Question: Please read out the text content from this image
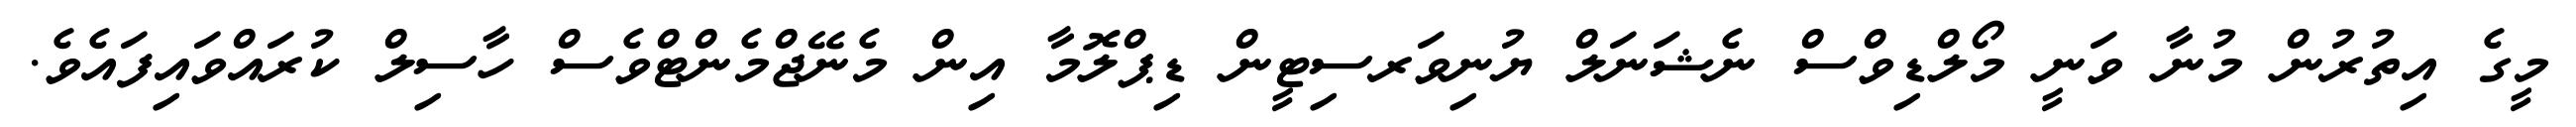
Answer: މީގެ އިތުރުން މުނާ ވަނީ މޯލްޑިވްސް ނެޝަނަލް ޔުނިވަރސިޓީން ޑިޕްލޮމާ އިން މެނޭޖްމެންޓްވެސް ހާސިލް ކުރައްވައިފައެވެ.